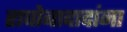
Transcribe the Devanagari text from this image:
राघोबादादांना